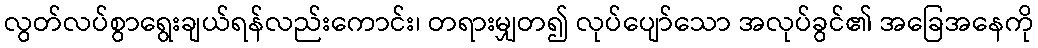
လွတ်လပ်စွာရွေးချယ်ရန်လည်းကောင်း၊ တရားမျှတ၍ လုပ်ပျော်သော အလုပ်ခွင်၏ အခြေအနေကို